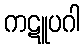
ကဋူပဂါ